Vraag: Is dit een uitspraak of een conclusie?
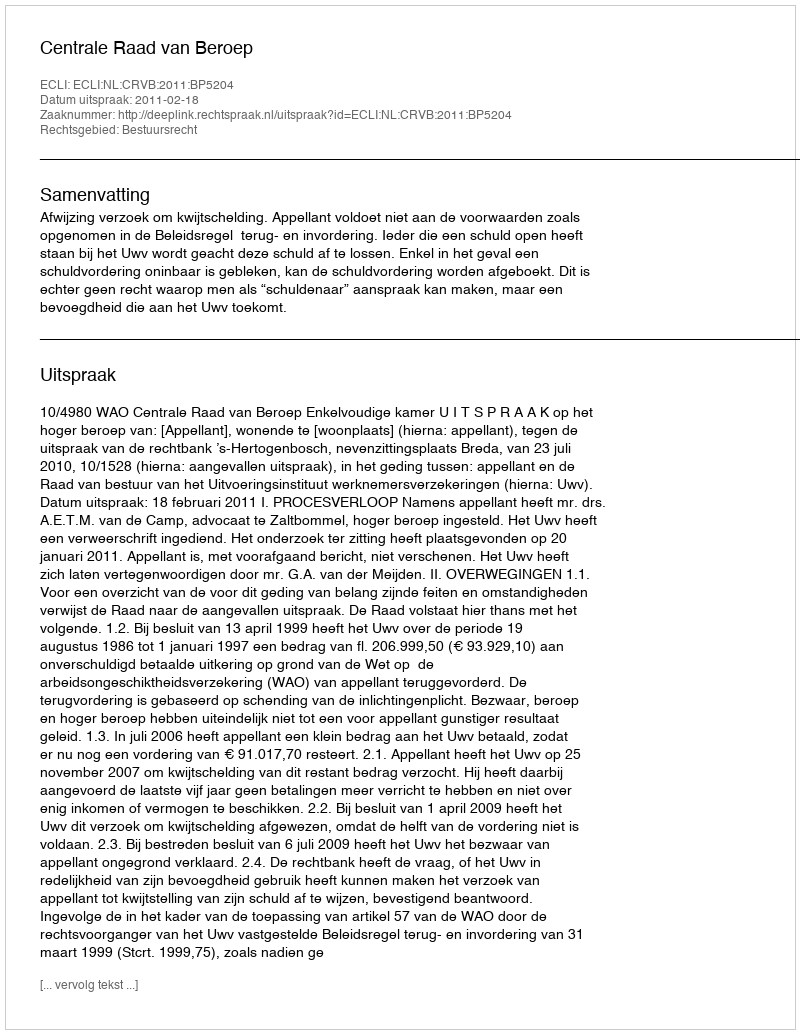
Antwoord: Uitspraak